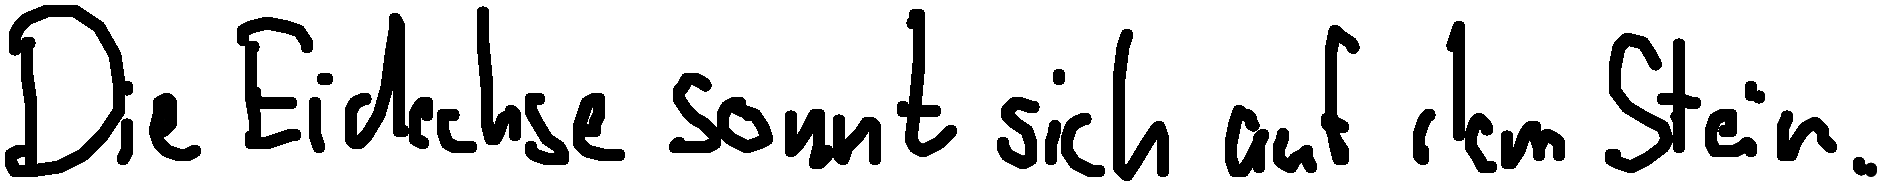
Die Eidechse sonnt sich auf dem Stein.